Insane asylums in Bengal annual reports 1876-1887 - 1876-1887
Year: 1876
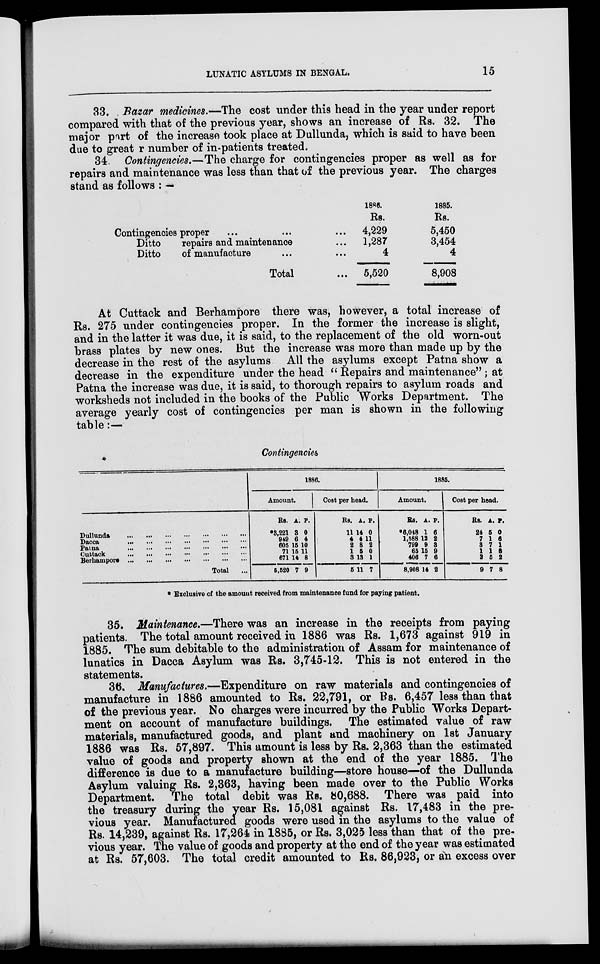
LUNATIC ASYLUMS IN BENGAL.
15
33. Bazar medicines,—The cost under this head in the year under report
compared with that of the previous year, shows an increase of Rs. 32. The
major part of the increase took place at Dullunda, which is said to have been
due to greater number of in-patients treated.
34. Contingencies.—The charge for contingencies proper as well as for
repairs and maintenance was less than that of the previous year. The charges
stand as follows : —
Contingencies proper ... ... ...
Ditto
repairs and maintenance ...
Ditto
of manufacture ... ...
Total ...
1886.
Rs.
4,229
1,287
4
5,520
1885.
Rs.
5,450
3,454
4
8,908
At Cuttack and Berhampore there was, however, a total increase of
Rs. 275 under contingencies proper. In the former the increase is slight,
and in the latter it was due, it is said, to the replacement of the old worn-out
brass plates by new ones. But the increase was more than made up by the
decrease in the rest of the asylums All the asylums except Patna show a
decrease in the expenditure under the head " Repairs and maintenance"; at
Patna the increase was due, it is said, to thorough repairs to asylum roads and
worksheds not included in the books of the Public Works Department. The
average yearly cost of contingencies per man is shown in the following
table:—
Contingencies
Dullunda
...
...
...
...
...
...
...
Dacca
...
...
...
...
...
...
...
Patna
...
...
...
...
...
...
...
Cuttack
...
...
...
...
...
...
...
Berhampore
...
...
...
...
...
...
...
Total ...
1886.
Amount.
Rs.
*3,221
949
605
71
671
5,520
A.
3
6
15
15
14
7
P.
0
4
10
11
8
9
Cost per head.
Rs.
11
4
2
1
3
5
A.
14
4
8
5
13
11
P.
0
11
2
0
1
7
1885.
Amount.
Rs.
*6,048
1,588
799
65
406
8,908
A.
1
12
9
15
7
14
P.
6
2
3
9
6
2
Cost per bead.
Rs.
24
7
8
1
2
9
A.
5
1
7
1
5
7
P.
0
6
1
8
2
8
* Exclusive of the amount received from maintenance fund for paying patient.
35. Maintenance.—There was an increase in the receipts from paying
patients. The total amount received in 1886 was Rs. 1,673 against 919 in
1885. The sum debitable to the administration of Assam for maintenance of
lunatics in Dacca Asylum was Rs. 3,745-12. This is not entered in the
statements.
36. Manufactures.—Expenditure on raw materials and contingencies of
manufacture in 1886 amounted to Rs. 22,791, or Rs. 6,457 less than that
of the previous year. No charges were incurred by the Public Works Depart-
ment on account of manufacture buildings. The estimated value of raw
materials, manufactured goods, and plant and machinery on 1st January
1886 was Rs. 57,897. This amount is less by Rs. 2,363 than the estimated
value of goods and property shown at the end of the year 1885. The
difference is due to a manufacture building—store house—of the Dullunda
Asylum valuing Rs. 2,363, having been made over to the Public Works
Department. The total debit was Rs. 80,688. There was paid into
the treasury during the year Rs. 15,081 against Rs. 17,483 in the pre-
vious year. Manufactured goods were used in the asylums to the value of
Rs. 14,239, against Rs. 17,264 in 1885, or Rs. 3,025 less than that of the pre-
vious year. The value of goods and property at the end of the year was estimated
at Rs. 57,603. The total credit amounted to Rs. 86,923, or an excess over